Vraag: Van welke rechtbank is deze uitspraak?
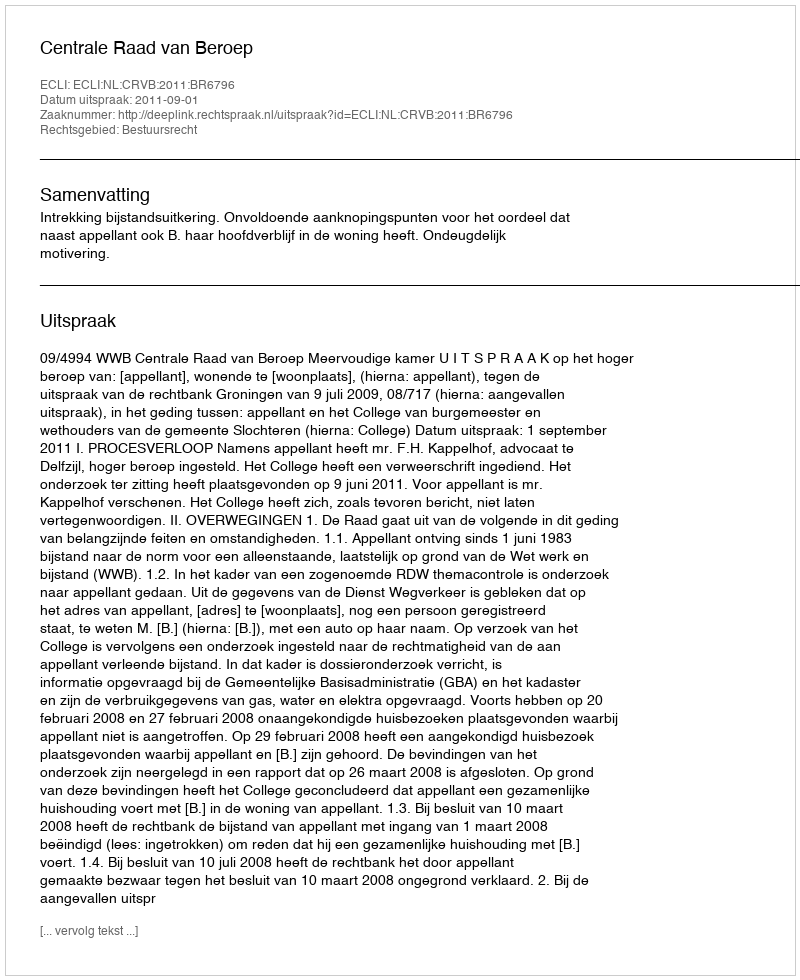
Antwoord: Centrale Raad van Beroep